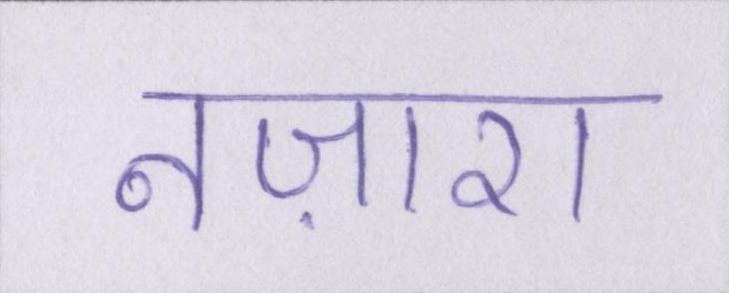
नज़ारा